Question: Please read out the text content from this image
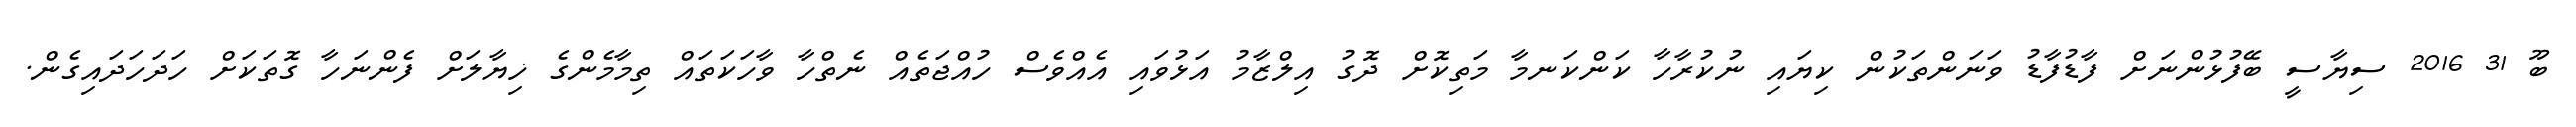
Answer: ބޫ 31 2016 ސިޔާސީ ބޭފުޅުންނަށް ފާޑުފާޑު ވަނަންތަކުން ކިޔައި ނުކުރާހާ ކަންކަނމާ މަތިކޮށް ދޮގު އިލްޒާމު އަޅުވައި އެއްވެސް ހުއްޖަތެއް ނެތްހާ ވާހަކަތައް ތިމާމެންގެ ޚިޔާލަށް ފެންނަހާ ގޮތަކަށް ހަދަހަދައިގެން.